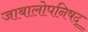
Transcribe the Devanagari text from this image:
जाबालोपनिषद्